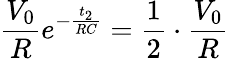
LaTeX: \frac{V_{0}}{R}e^{-\frac{t_{2}}{RC}}=\frac{1}{2}\cdot\frac{V_{0}}{R}